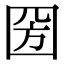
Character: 圀